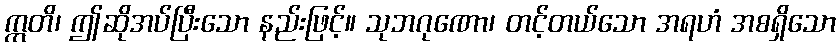
ဣတိ၊ ဤဆိုအပ်ပြီးသော နည်းဖြင့်။ သုဘဂုဏော၊ တင့်တယ်သော အရဟံ အစရှိသော